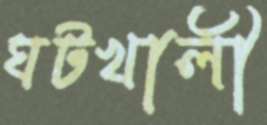
ঘটখালী